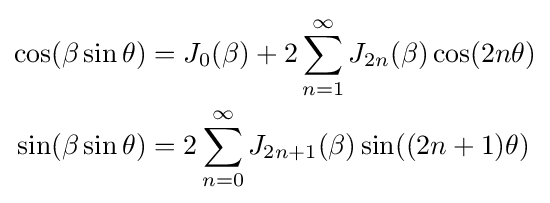
{\begin{aligned}\cos(\beta \sin \theta )&=J_{0}(\beta )+2\sum _{n=1}^{\infty }J_{2n}(\beta )\cos(2n\theta )\\\sin(\beta \sin \theta )&=2\sum _{n=0}^{\infty }J_{2n+1}(\beta )\sin((2n+1)\theta )\end{aligned}}